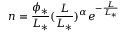
n = \frac { \phi _ { \ast } } { L _ { \ast } } ( \frac { L } { L _ { \ast } } ) ^ { \alpha } e ^ { - \frac { L } { L _ { \ast } } }